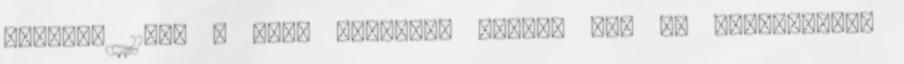
október 11-én a Hold felszíne felett 657 km magasságban